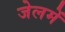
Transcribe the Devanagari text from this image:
जेलमें